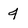
Character: 4